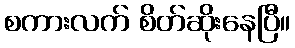
စကားလက် စိတ်ဆိုးနေပြီ။